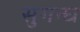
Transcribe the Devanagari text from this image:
सुगन्घ